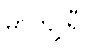
မာကျူရီ